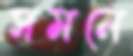
সমনে